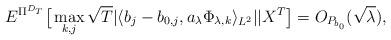
LaTeX: \begin{align*}E^{\Pi^{D_T}}\big[ \max_{k,j} \sqrt T |\langle b_j-b_{0,j}, a_\lambda \Phi_{\lambda, k}\rangle_{L^2}||X^T\big] =O_{P_{b_0}}(\sqrt \lambda),\end{align*}